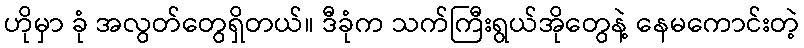
ဟိုမှာ ခုံ အလွတ်တွေရှိတယ်။ ဒီခုံက သက်ကြီးရွယ်အိုတွေနဲ့ နေမကောင်းတဲ့